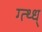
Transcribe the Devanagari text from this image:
ग्त्थ्ध्